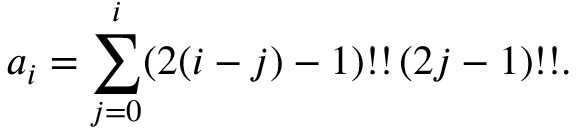
a _ { i } = \sum _ { j = 0 } ^ { i } ( 2 ( i - j ) - 1 ) ! ! \, ( 2 j - 1 ) ! ! .